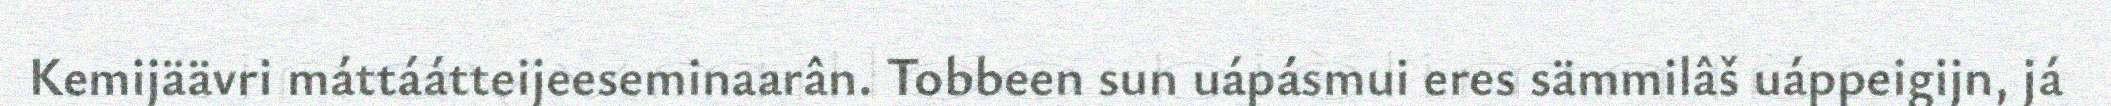
Kemijäävri máttáátteijeeseminaarân. Tobbeen sun uápásmui eres sämmilâš uáppeigijn, já